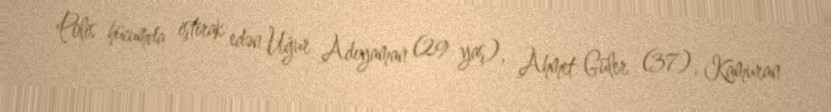
Polis hücumda iştirak edən Uğur Adıyaman (29 yaş), Ahmet Güler (37), Kamuran